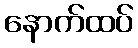
နောက်ထပ်